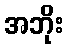
အဘိုး